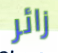
زائر